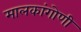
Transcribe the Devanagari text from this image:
मालकांगोणी